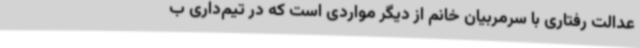
عدالت رفتاری با سرمربیان خانم از دیگر مواردی است که در تیم‌داری ب